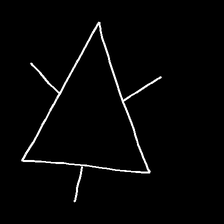
Glyph: fire